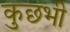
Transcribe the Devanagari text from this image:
कुछभी